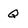
Character: Q